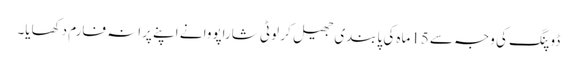
ڈوپنگ کی وجہ سے 15ماہ کی پابندی جھیل کر لوٹی شاراپووا نے اپنے پرانہ فارم دکھایا۔